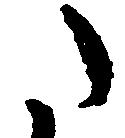
た